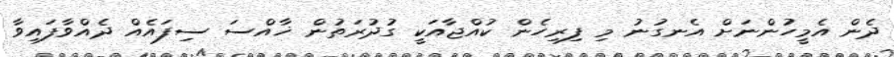
ދެން އެމީހުންނަށް އެނގުނު މި ފިރިހެން ކުއްޖާއަކީ ގުދުރަތުން ޚާއްސަ ސިފައެއް ދެއްވާފައިވާ